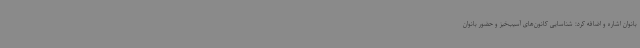
بانوان اشاره و اضافه کرد: شناسایی کانون‌های آسیب‌خیز و حضور بانوان